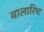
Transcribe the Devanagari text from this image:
बालारिष्ट